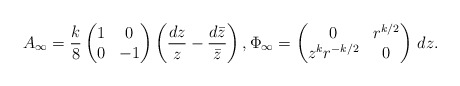
\begin{align*}A_\infty=\frac{k}{8}\begin{pmatrix}1&0\\0&-1\end{pmatrix}\left(\frac{dz}{z}-\frac{d\bar z}{\bar z}\right), \Phi_\infty=\begin{pmatrix}0&r^{k/2}\\z^kr^{-k/2}&0\end{pmatrix}\,dz.\end{align*}